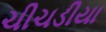
ચીચડીયા